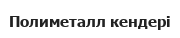
Полиметалл кендері